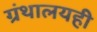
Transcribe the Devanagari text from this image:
ग्रंथालयही